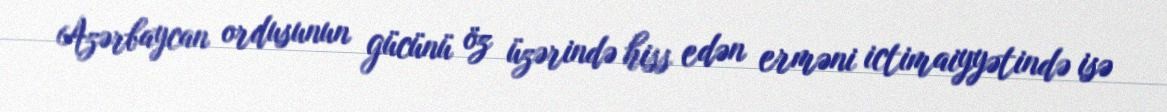
Azərbaycan ordusunun gücünü öz üzərində hiss edən erməni ictimaiyyətində isə